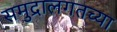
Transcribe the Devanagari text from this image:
समुद्रालगतच्या